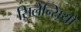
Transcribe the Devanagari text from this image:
सिलेन्सियो